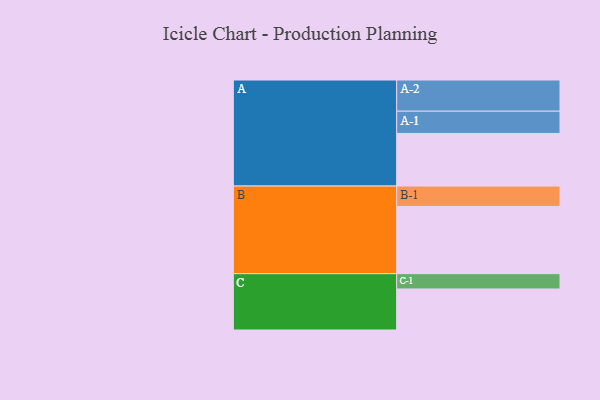
{"axis": {"x": "Segment", "y": "Value"}, "legend": ["", "A", "B", "C"], "data": [{"x": "A", "y": 454, "type": ""}, {"x": "B", "y": 580, "type": ""}, {"x": "C", "y": 354, "type": ""}, {"x": "A-1", "y": 192, "type": "A"}, {"x": "A-2", "y": 269, "type": "A"}, {"x": "B-1", "y": 176, "type": "B"}, {"x": "C-1", "y": 132, "type": "C"}]}